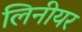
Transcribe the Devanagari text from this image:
लिनीयर